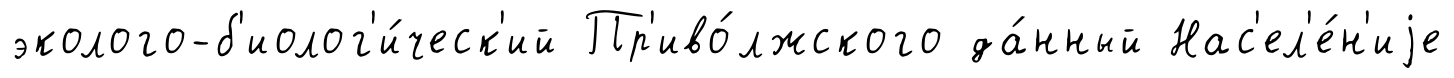
эколого-б'иолог'и́ческ'ий Пр'иво́лжского да́нный Нас'ел'е́н'иjе